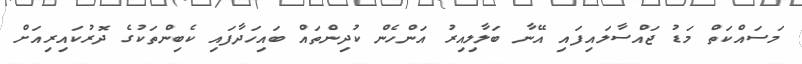
މަސައްކަތް މަޑު ޖައްސާލައިފައި އޭނާ ބަލާލިއިރު އަންހެން ކުދިންތައް ބައިހަދާފައި ކެބިންތަކުގެ ދޮރުކައިރިއަށް